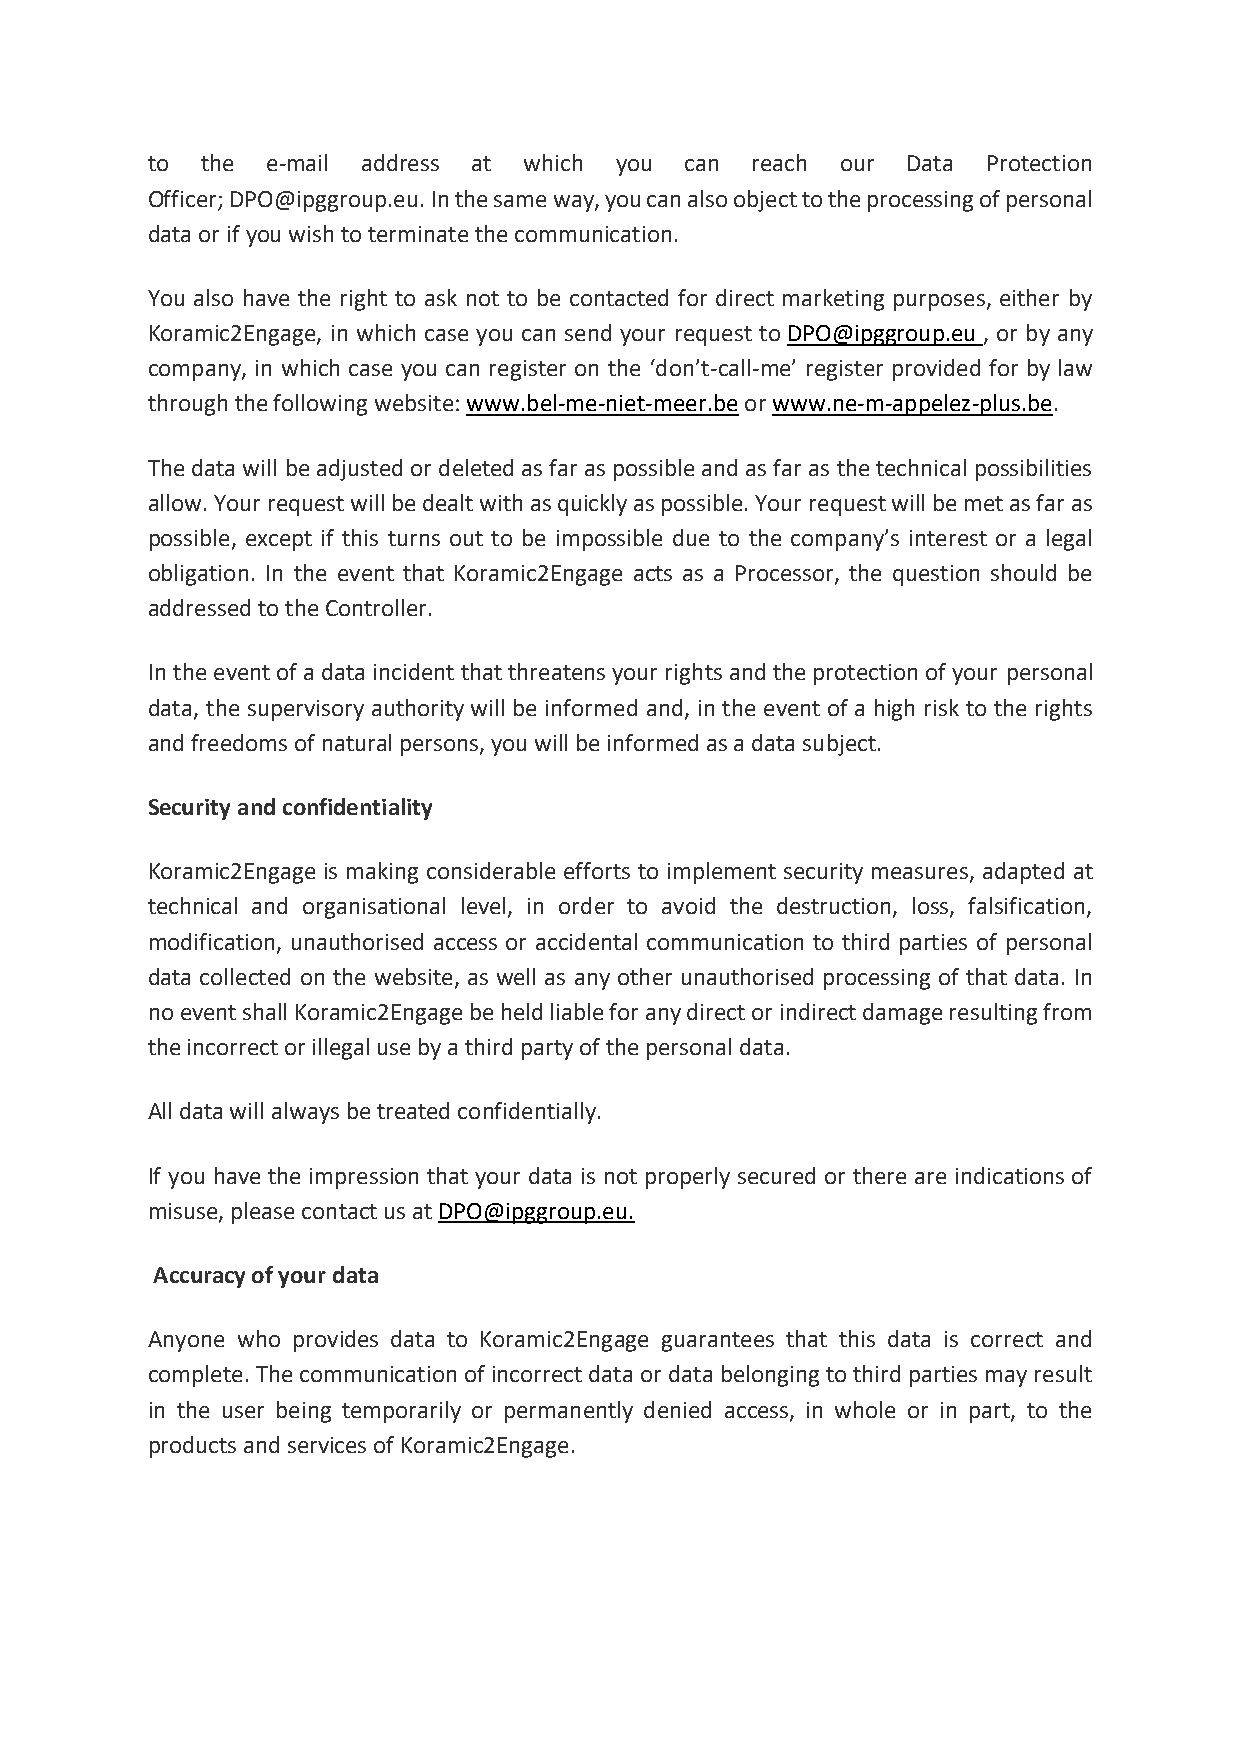
to the  e-mail address at which you can reach our Data Protection
 Officer; DPO@ipggroup.eu. In the same way, you can also object to the processing of personal
 data or if you wish to terminate the communication.
 You also have the right to ask not to be contacted for direct marketing purposes, either by
 Koramic2Engage, in which case you can send your request to DPO@ipggroup.eu , or by any
 company, in which case you can register on the ‘don’t-call-me’ register provided for by law
 through the following website: www.bel-me-niet-meer.be or www.ne-m-appelez-plus.be.
 The data will be adjusted or deleted as far as possible and as far as the technical possibilities
 allow. Your request will be dealt with as quickly as possible. Your request will be met as far as
 possible, except if this turns out to be impossible due to the company’s interest or a legal
 obligation. In the event that Koramic2Engage acts as a Processor, the question should be
 addressed to the Controller.
 In the event of a data incident that threatens your rights and the protection of your personal
 data, the supervisory authority will be informed and, in the event of a high risk to the rights
 and freedoms of natural persons, you will be informed as a data subject.
 Security and confidentiality
 Koramic2Engage is making considerable efforts to implement security measures, adapted at
 technical and organisational level, in order to avoid the destruction, loss, falsification,
 modification, unauthorised access or accidental communication to third parties of personal
 data collected on the website, as well as any other unauthorised processing of that data. In
 no event shall Koramic2Engage be held liable for any direct or indirect damage resulting from
 the incorrect or illegal use by a third party of the personal data.
 All data will always be treated confidentially.
 If you have the impression that your data is not properly secured or there are indications of
 misuse, please contact us at DPO@ipggroup.eu.
 Accuracy of your data
 Anyone who provides data to Koramic2Engage guarantees that this data is correct and
 complete. The communication of incorrect data or data belonging to third parties may result
 in the user being temporarily or permanently denied access, in whole or in part, to the
 products and services of Koramic2Engage.